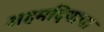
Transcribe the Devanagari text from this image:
अहमदियाचा